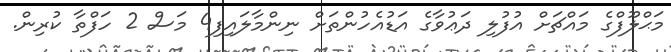
މަޙްލޫފްގެ މައްޗަށް އުފުލި ދަޢުވާގެ އަޑުއެހުންތަށް ނިންމާލައިފި4 މަސް 2 ހަފްތާ ކުރިން.